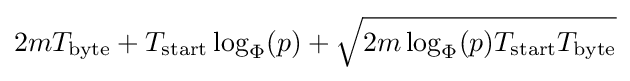
2mT_{\text{byte}}+T_{\text{start}}\log _{\Phi }(p)+{\sqrt {2m\log _{\Phi }(p)T_{\text{start}}T_{\text{byte}}}}